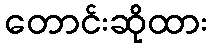
တောင်းဆိုထား